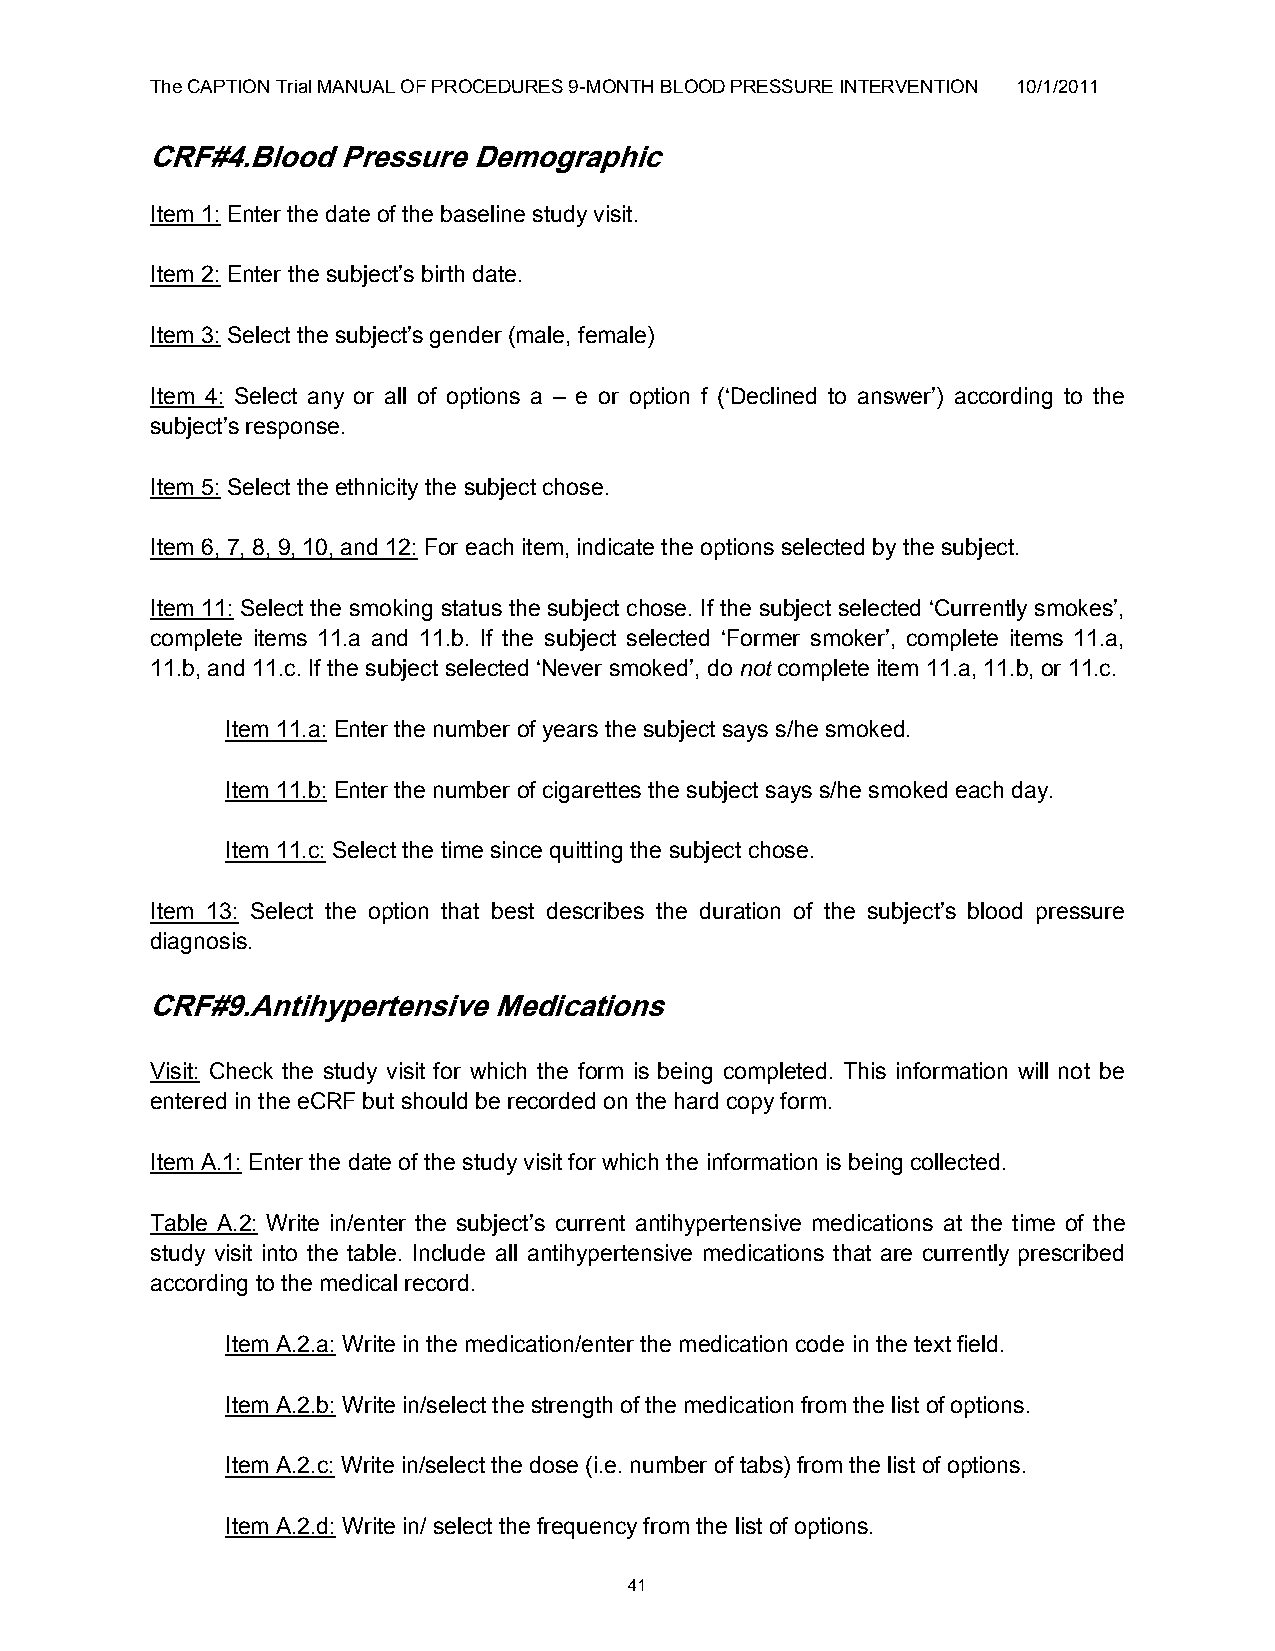
The CAPTION Trial MANUAL OF PROCEDURES 9-MONTH BLOOD PRESSURE INTERVENTION 10/1/2011
 CRF#4.Blood Pressure Demographic
 Item 1: Enter the date of the baseline study visit.
 Item 2: Enter the subject‟s birth date.
 Item 3: Select the subject‟s gender (male, female)
 Item 4: Select any or all of options a – e or option f („Declined to answer‟) according to the
 subject‟s response.
 Item 5: Select the ethnicity the subject chose.
 Item 6, 7, 8, 9, 10, and 12: For each item, indicate the options selected by the subject.
 Item 11: Select the smoking status the subject chose. If the subject selected „Currently smokes‟,
 complete items 11.a and 11.b. If the subject selected „Former smoker‟, complete items 11.a,
 11.b, and 11.c. If the subject selected „Never smoked‟, do not complete item 11.a, 11.b, or 11.c.
 Item 11.a: Enter the number of years the subject says s/he smoked.
 Item 11.b: Enter the number of cigarettes the subject says s/he smoked each day.
 Item 11.c: Select the time since quitting the subject chose.
 Item 13: Select the option that best describes the duration of the subject‟s blood pressure
 diagnosis.
 CRF#9.Antihypertensive Medications
 Visit: Check the study visit for which the form is being completed. This information will not be
 entered in the eCRF but should be recorded on the hard copy form.
 Item A.1: Enter the date of the study visit for which the information is being collected.
 Table A.2: Write in/enter the subject‟s current antihypertensive medications at the time of the
 study visit into the table. Include all antihypertensive medications that are currently prescribed
 according to the medical record.
 Item A.2.a: Write in the medication/enter the medication code in the text field.
 Item A.2.b: Write in/select the strength of the medication from the list of options.
 Item A.2.c: Write in/select the dose (i.e. number of tabs) from the list of options.
 Item A.2.d: Write in/ select the frequency from the list of options.
 41